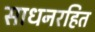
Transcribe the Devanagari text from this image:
साधनरहित